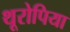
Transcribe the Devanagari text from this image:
थूरोपिया